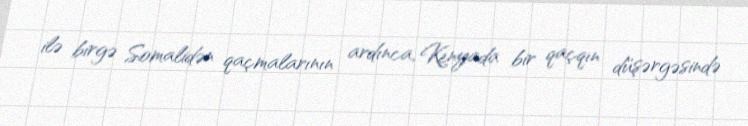
ilə birgə Somalidən qaçmalarının ardınca, Kenyada bir qaçqın düşərgəsində